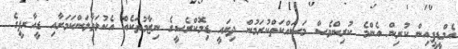
އެމްޑީޕީއިން ކުރިން އެންމެ ކުރިންވެސް މަސައްކަތްކުރަމުން ދިޔައީ ޑިމޮކްރެސީގެ ނިޒާމުތަކެއް އެކުލަވާލަންކަމަށާއި ޑީއާރޕީގެ